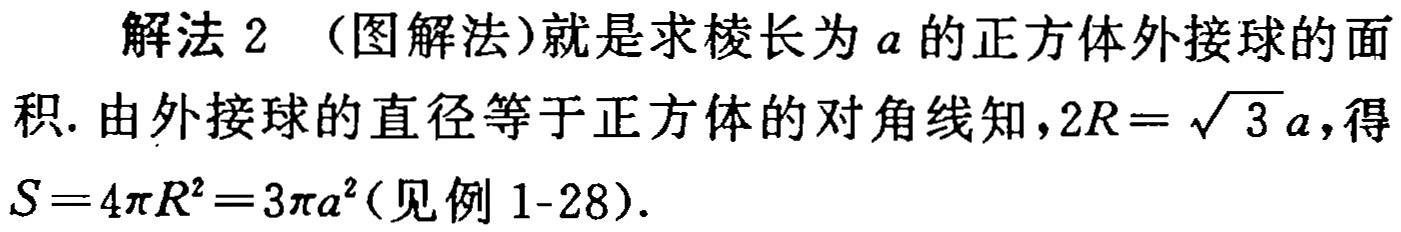
解法 2 （图解法）就是求棱长为 \(a\) 的正方体外接球的面积. 由外接球的直径等于正方体的对角线知，\(2R = \sqrt{3}a\)，得 \(S = 4\pi R^{2}=3\pi a^{2}\)（见例 1-28）.